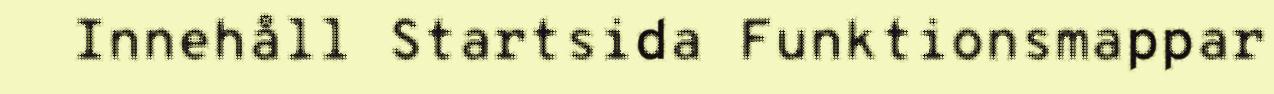
Innehåll Startsida Funktionsmappar